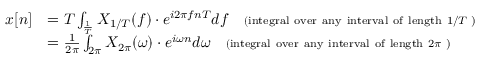
{ \begin{array} { r l } { x [ n ] } & { = T \int _ { \frac { 1 } { T } } X _ { 1 / T } ( f ) \cdot e ^ { i 2 \pi f n T } d f \quad \scriptstyle { { \mathrm { ( i n t e g r a l ~ o v e r ~ a n y ~ i n t e r v a l ~ o f ~ l e n g t h ~ } } 1 / T { \textrm { ) } } } } \\ { \displaystyle } & { = { \frac { 1 } { 2 \pi } } \int _ { 2 \pi } X _ { 2 \pi } ( \omega ) \cdot e ^ { i \omega n } d \omega \quad \scriptstyle { { \mathrm { ( i n t e g r a l ~ o v e r ~ a n y ~ i n t e r v a l ~ o f ~ l e n g t h ~ } } 2 \pi { \textrm { ) } } } } \end{array} }